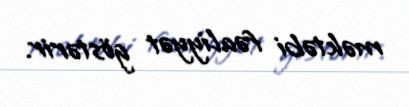
məktəbi fəaliyyət göstərir.